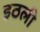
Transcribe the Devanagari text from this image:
इठली